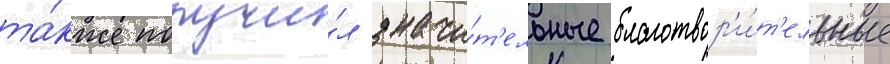
та́кже получи́л значи́т'ельные благотвор'и́т'ельные